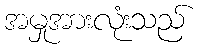
အမှုအားလုံးသည်